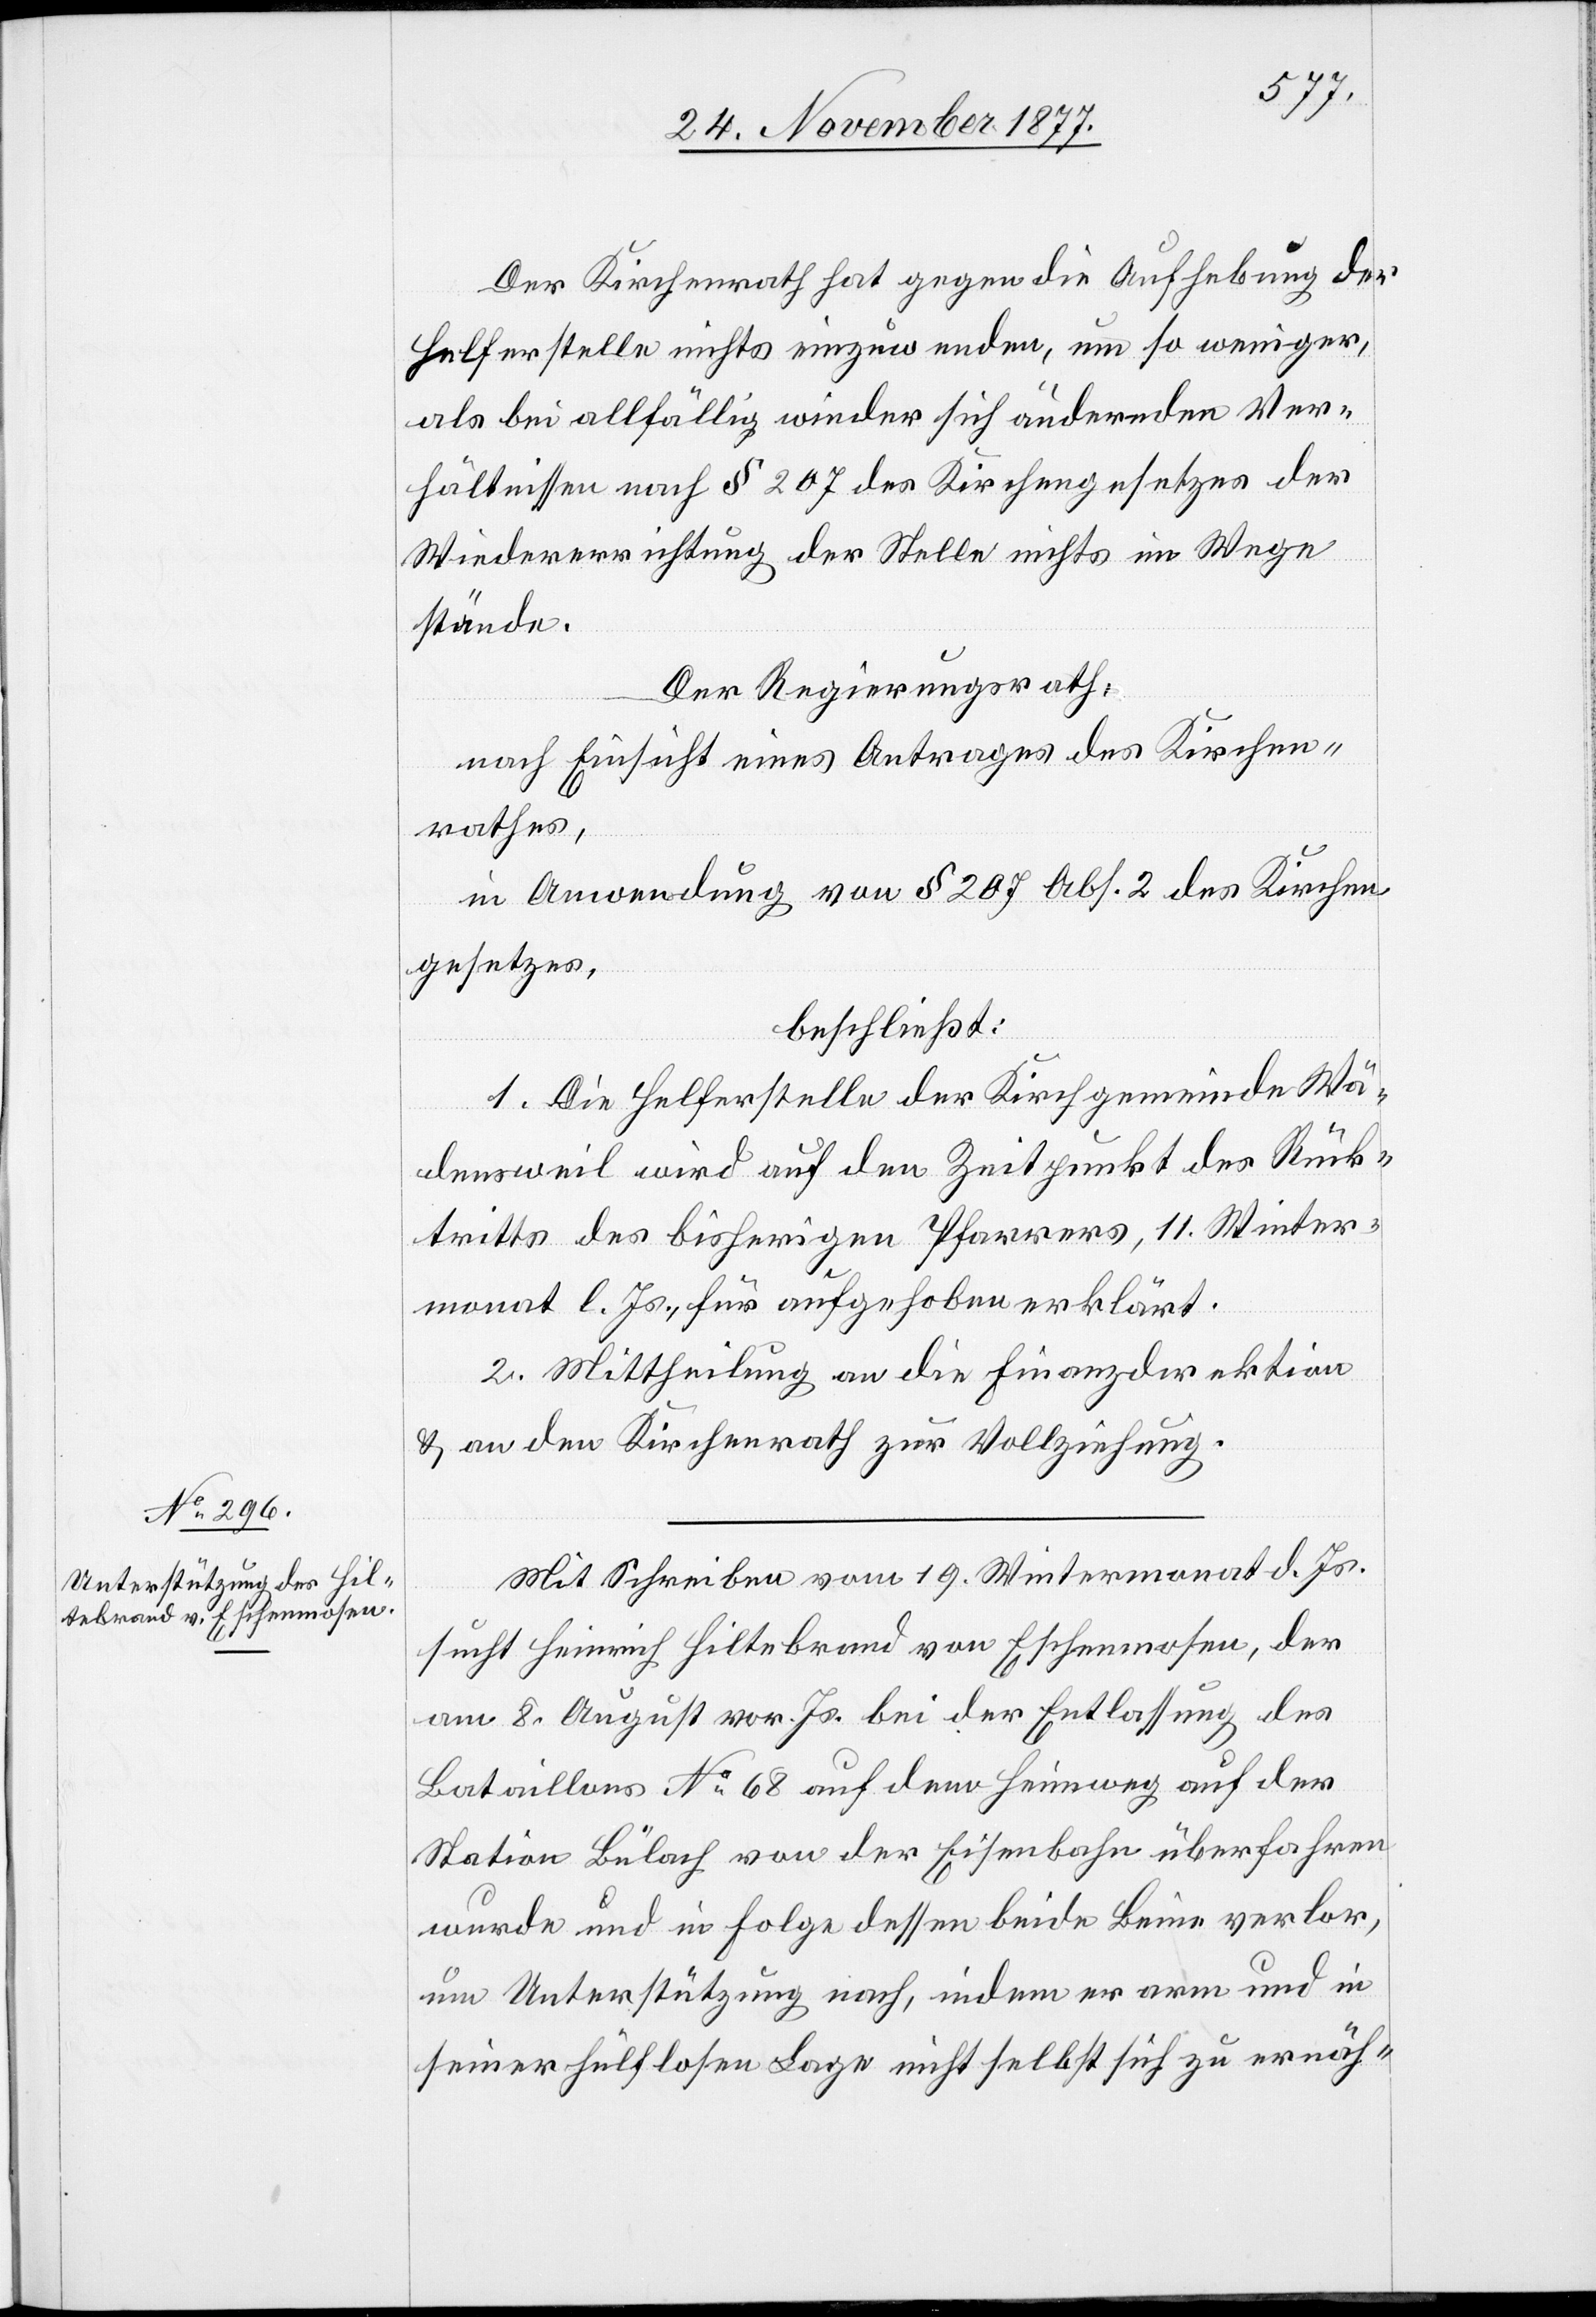
Der Kirchenrath hat gegen die Aufhebung der
Helferstelle nichts einzuwenden, um so weniger,
als bei allfällig wieder sich ändernden Ver¬
hältnissen nach § 207 des Kirchengesetzes der
Wiedererrichtung der Stelle nichts im Wege
stände.
Der Regierungsrath,
nach Einsicht eines Antrages des Kirchen¬
rathes,
in Anwendung von § 207 Abs. 2 des Kirchen¬
gesetzes,
beschließt:
1. Die Helferstelle der Kirchgemeinde Wä¬
densweil wird auf den Zeitpunkt des Rück¬
tritts des bisherigen Pfarrers, 11. Winter¬
monat l. Js., für aufgehoben erklärt.
2. Mittheilung an die Finanzdirektion
& an den Kirchenrath zur Vollziehung.
Mit Schreiben vom 19. Wintermonat d. Js.
sucht Heinrich Hiltebrand von Eschenmosen, der
am 8. August vor. Js. bei der Entlassung des
Bataillons No 68 auf dem Heimweg auf der
Station Bülach von der Eisenbahn überfahren
wurde und in Folge dessen beide Beine verlor,
um Unterstützung nach, indem er arm und in
seiner hülflosen Lage nicht selbst sich zu ernäh-